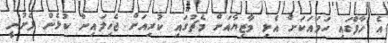
އެ ހާފްގައި ހަމައަކަށް އެޅި މާޒިޔާއަށް މެޗުގައި ކުރިއަށް ޖެހިލައިން ކުޅެން ފެށުނީ